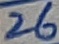
Text: 26